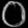
Digit: ၀